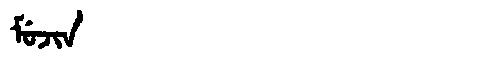
Manchu: ᠮᡠᠵᡳᠨ
Romanization: MUJIN